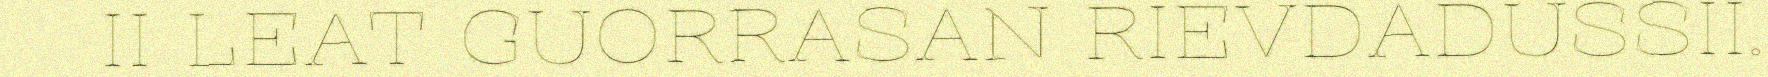
II LEAT GUORRASAN RIEVDADUSSII.